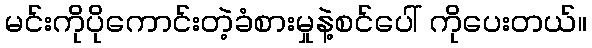
မင်းကိုပိုကောင်းတဲ့ခံစားမှုနဲ့စင်ပေါ် ကိုပေးတယ်။